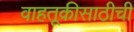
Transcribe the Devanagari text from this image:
वाहतूकीसाठीची